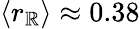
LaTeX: \langle r_{\mathbb{R}}\rangle\approx 0.38